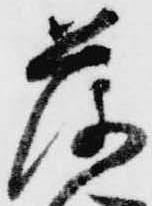
落